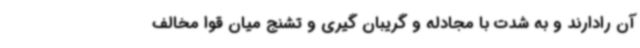
آن رادارند و به شدت با مجادله و گریبان گیری و تشنج میان قوا مخالف